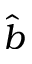
\hat { b }